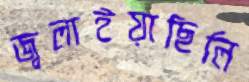
জ্বলাইয়াছিলি